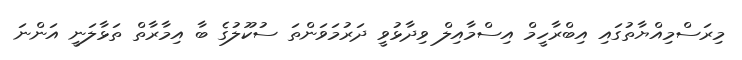
މިރަސްމިއްޔާތުގައި އިބްރާހީމް އިސްމާއިލް ވިދާޅުވީ ދަރުމަވަންތަ ސުކޫލުގެ ބާ އިމާރާތް ތަޅާލަނީ އަންނަ